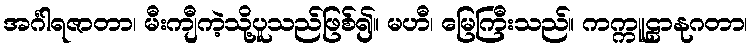
အင်္ဂါရဇာတာ၊ မီးကျီကဲ့သို့ပူသည်ဖြစ်၍။ မဟီ၊ မြေကြီးသည်။ ကက္ကူဠာနုဂတာ၊